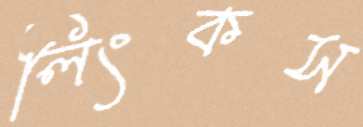
লিংকস